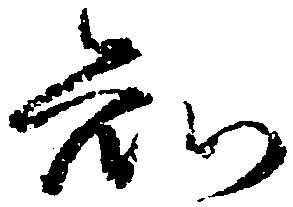
知